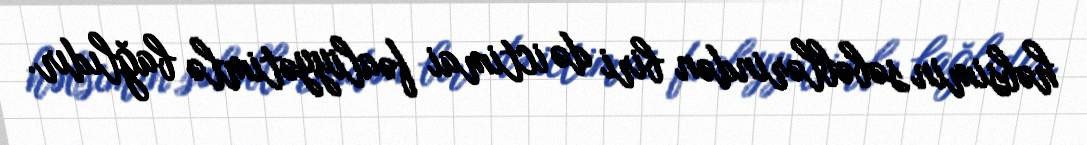
həbsimin səbəblərindən biri də ictimai fəaliyyətimlə bağlıdır.